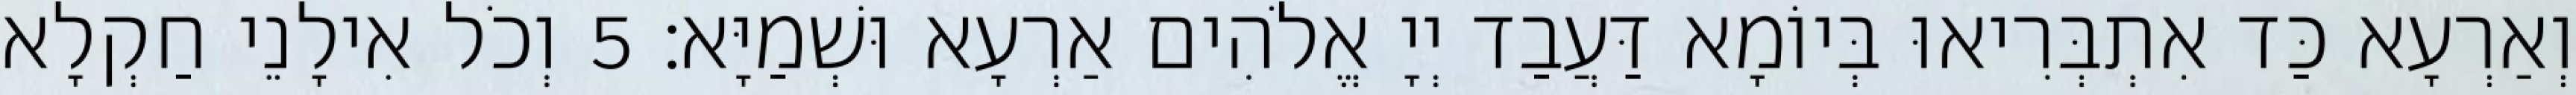
וְאַרְעָא כַּד אִתְבְּרִיאוּ בְּיוֹמָא דַּעֲבַד יְיָ אֱלֹהִים אַרְעָא וּשְׁמַיָּא׃ 5 וְכֹל אִילָנֵי חַקְלָא